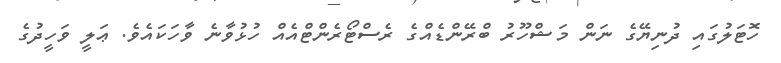
ހޮޓަލުގައި ދުނިޔޭގެ ނަން މަޝްހޫރު ބްރޭންޑެއްގެ ރެސްޓޯރެންޓްއެއް ހުޅުވާނެ ވާހަކައެވެ. ޢަލީ ވަހީދުގެ